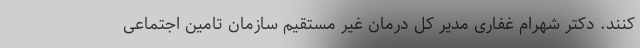
کنند. دکتر شهرام غفاری مدیر کل درمان غیر مستقیم سازمان تامین اجتماعی